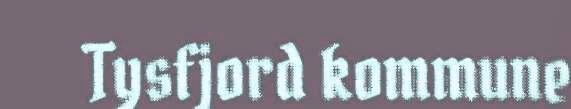
Tysfjord kommune